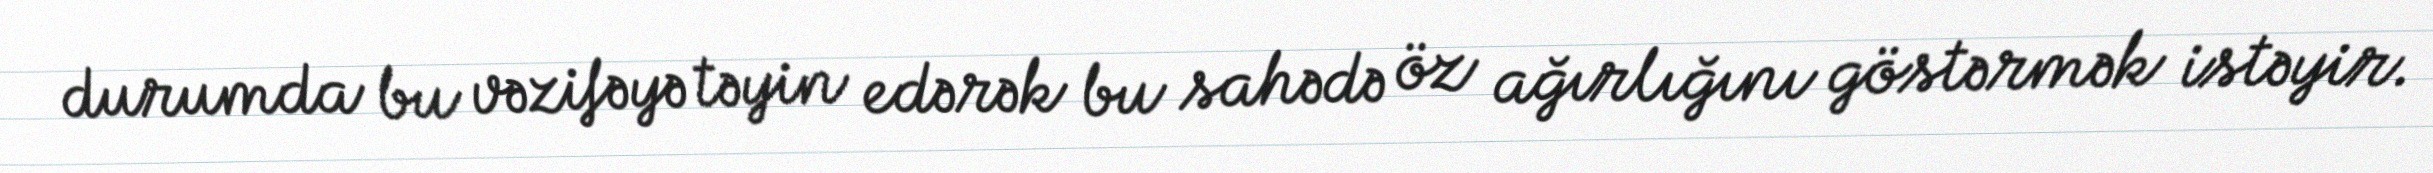
durumda bu vəzifəyə təyin edərək bu sahədə öz ağırlığını göstərmək istəyir.